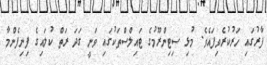
ފާރުގައި ހަރުކުރެވިފައެވެ. މުޅި ސިޓިންރޫމުގެ ޓައިލްސްތަކުގައި ވަނީ ގަދަ ރަތް ކުލައިގެ ފިނިފެންމާ